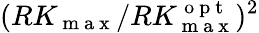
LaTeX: (RK_{\mathrm{~m~a~x~}}/RK_{\mathrm{~m~a~x~}}^{\mathrm{~o~p~t~}})^{2}